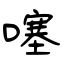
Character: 噻